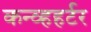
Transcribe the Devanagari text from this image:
कन्व्हहर्टर